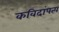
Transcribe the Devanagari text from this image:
कविदांपत्य